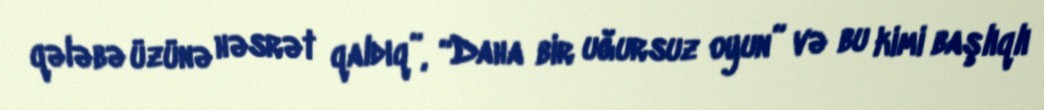
qələbə üzünə həsrət qaldıq”, “Daha bir uğursuz oyun” və bu kimi başlıqlı